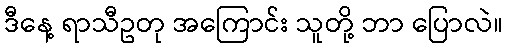
ဒီနေ့ ရာသီဥတု အကြောင်း သူတို့ ဘာ ပြောလဲ။